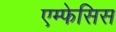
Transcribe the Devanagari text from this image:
एम्फेसिस